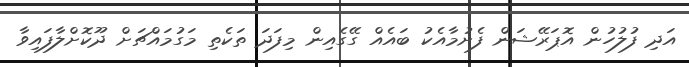
އަދި ފުލުހުން އޮޕަރޭޝަން ފެށުމާއެކު ބައެއް ގޭގެއިން މިފަދަ ތަކެތި މަގުމައްޗަށް ދޫކޮށްލާފައިވާ